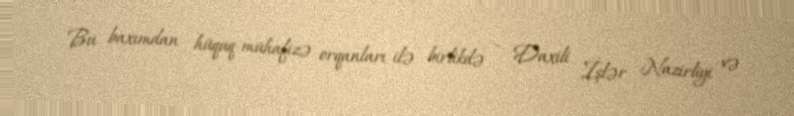
Bu baxımdan hüquq-mühafizə orqanları ilə birlikdə - Daxili İşlər Nazirliyi və